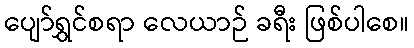
ပျော်ရွှင်စရာ လေယာဉ် ခရီး ဖြစ်ပါစေ။